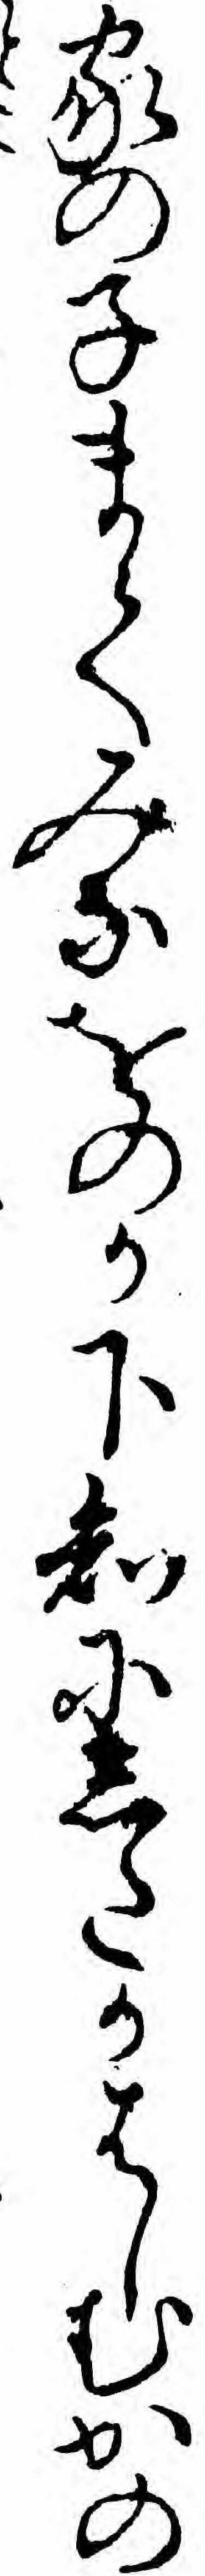
家の子まてみなをのか下知にしたかはしむかの